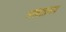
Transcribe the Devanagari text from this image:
भगवतप्रसाद